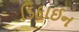
ડિફાઈન